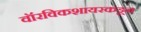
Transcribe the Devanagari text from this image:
वॉरविकशायरकडून